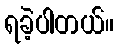
ရခဲ့ပါတယ်။